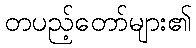
တပည့်တော်များ၏